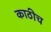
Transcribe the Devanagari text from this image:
काठीच